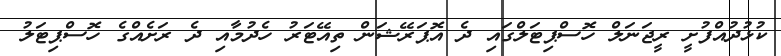
ކުޅުދުއްފުށީ ރީޖަނަލް ހޮސްޕިޓަލްގައި ދެ އޮޕަރޭޝަން ތިއޭޓަރު ހެދުމާއި ދެ ރަށެއްގެ ހޮސްޕިޓަލު